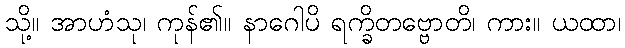
သို့။ အာဟံသု၊ ကုန်၏။ နာဂေါပိ ရက္ခိတဗ္ဗောတိ၊ ကား။ ယထာ၊